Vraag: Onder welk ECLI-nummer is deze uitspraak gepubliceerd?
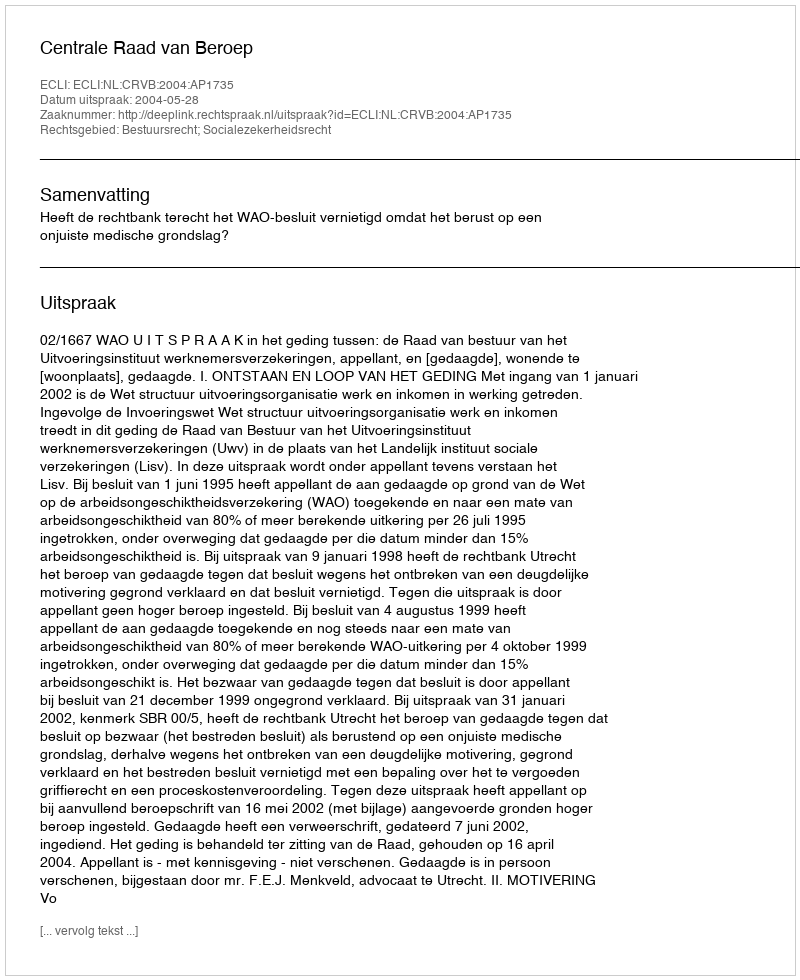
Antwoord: ECLI:NL:CRVB:2004:AP1735